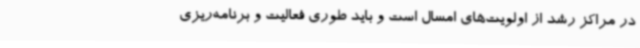
در مراکز رشد از اولویت‌های امسال است و باید طوری فعالیت‌ و برنامه‌ریزی